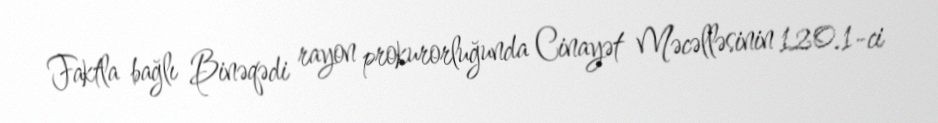
Faktla bağlı Binəqədi rayon prokurorluğunda Cinayət Məcəlləsinin 120.1-ci